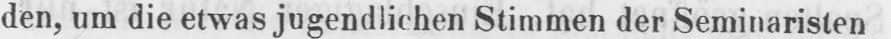
den, um die etwas jugendlichen Stimmen der Seminaristen